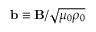
{ \bf b } \equiv { \bf B } / \sqrt { \mu _ { 0 } \rho _ { 0 } }